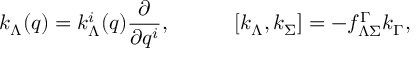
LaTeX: k _ { \Lambda } ( q ) = k _ { \Lambda } ^ { i } ( q ) { \frac { \partial } { \partial q ^ { i } } } , \quad \quad \quad [ k _ { \Lambda } , k _ { \Sigma } ] = - f _ { \Lambda \Sigma } ^ { \Gamma } k _ { \Gamma } ,